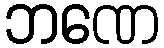
ဘဏေ